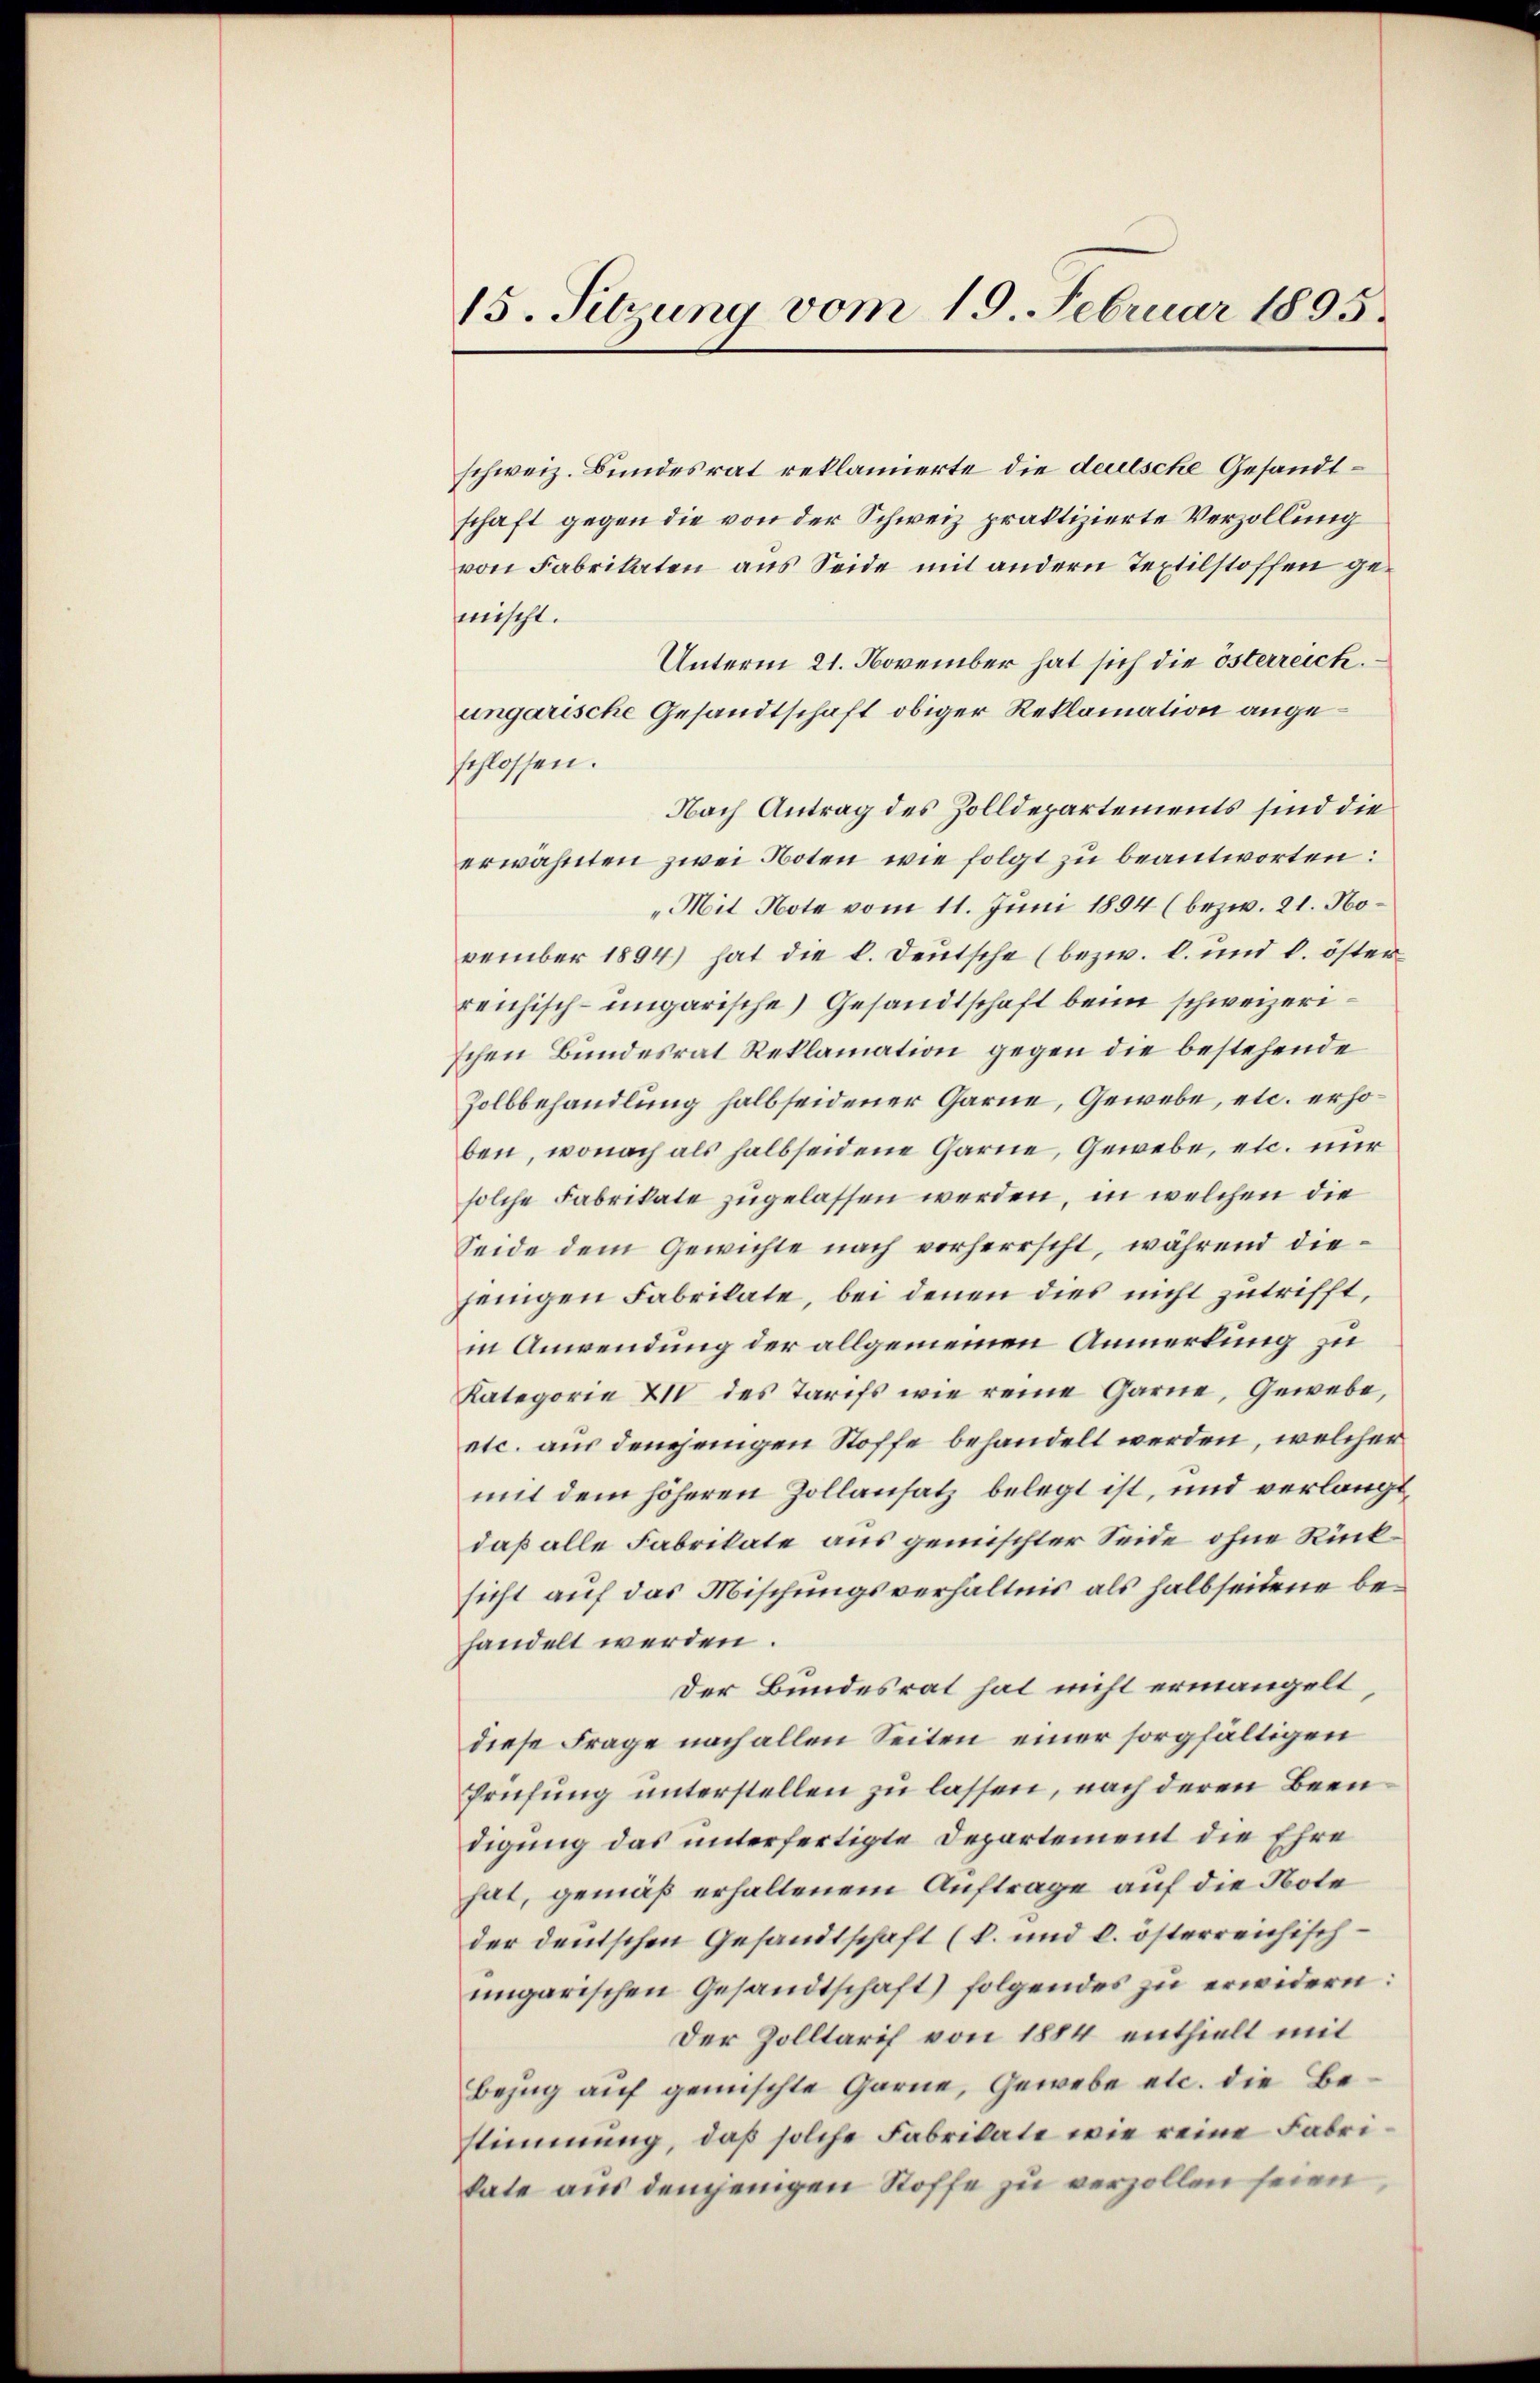
15. Sitzung vom 19. Februar 1895.

schweiz. Bundesrat reklamierte die deutsche Gesandtschaft gegen die von der Schweiz praktizierte Verzollung
von Fabrikaten aus Seide mit andern Textilstoffen gemischt.
Unterm 21. November hat sich die österreich.
ungarische Gesandtschaft obiger Reklamation angeschlossen.
Nach Antrag des Zolldepartements sind die
erwähnten zwei Noten wie folgt zu beantworten:
„Mit Note vom 11. Juni 1894 (bezw. 21. November 1894) hat die k. Deutsche (bezw. b. und k. öster
reichisch-ungarische Gesandtschaft beim schweizerischen Bundesrat Reklamation gegen die bestehende
Zolbbehandlung halb seidener Garne, Gewebe, etc. erhoben, wonach als halbseidene Garne, Gewebe, etc. nur
solche Fabrikate zugelassen werden, in welchen die
Seide dem Gewichte nach vorherrscht, während diejenigen Fabrikate, bei denen dies nicht zutrifft,
in Anwendung der allgemeinen Anmerkung zu
Kategorie 21 des Tarifs wie reine Garne, Gewebe,
etc. aus demjenigen Stoffe behandelt werden, welcher
mit dem höheren Zollansatz belegt ist, und verlangt,
daß alle Fabrikate aus gemischter Seide ohne Rücksicht auf das Mischungsverhältnis als halbseitene behandelt werden.
Der Bundesrat hat nicht ermangelt,
diese Frage nach allen Seiten einer sorgfältigen
Prüfung unterstellen zu lassen, nach deren Beendigung das unterfertigte Departement die Ehre
hat, gemäß erhaltenem Auftrage auf die Note
der deutschen Gesandtschaft (k. und k. österreichischungarischen Gesandtschaft) folgendes zu erwidern:
Der Zolltarif von 1884 enthielt mit
Bezug auf gemischte Garne, Gewebe etc. die Bestimmung, daß solche Fabrikate wie reine Fabrikate aus demjenigen Stoffe zu verzollen seien,